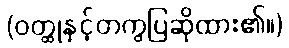
(ဝတ္ထုနှင့်တကွပြဆိုထား၏။)